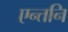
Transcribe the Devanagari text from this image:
एन्तनि